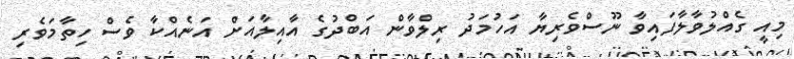
މިއީ ގެއްލުވާލާފައިވާ ނޫސްވެރިޔާ އަހުމަދު ރިލްވާން އަބްދުގެ އާއިލާއަށް އަނެއްްކާ ވެސް ހިތާމަވެރި